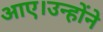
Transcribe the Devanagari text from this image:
आए।उन्होंने